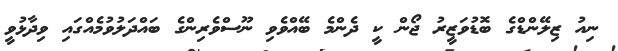
ނިއު ޒިލޭންޑްގެ ބޮޑުވަޒީރު ޖޯން ކީ ދެންމެ ބޭއްވެވި ނޫސްވެރިންގެ ބައްދަލުވުމެއްގައި ވިދާޅުވީ